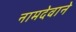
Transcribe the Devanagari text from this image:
नामदेवाने